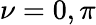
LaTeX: \nu=0,\pi